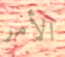
الأمر